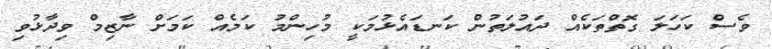
ވެސް ކަހަލަ ގޮތްތަކެއް ދައުލަތުން ކަނޑައެޅުމަކީ މުހިންމު ކަމެއް ކަމަށް ނާޒިމް ވިދާޅުވި